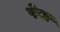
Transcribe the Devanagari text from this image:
पेबा